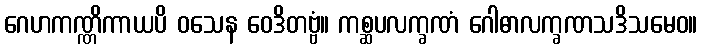
ဂေဟကဏ္ဏိကာယပိ ဝသေန ဝေဒိတဗ္ဗံ။ ကစ္ဆပလက္ခဏံ ဂေါဓာလက္ခဏသဒိသမေဝ။